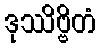
ဒုဿိဗ္ဗိတံ